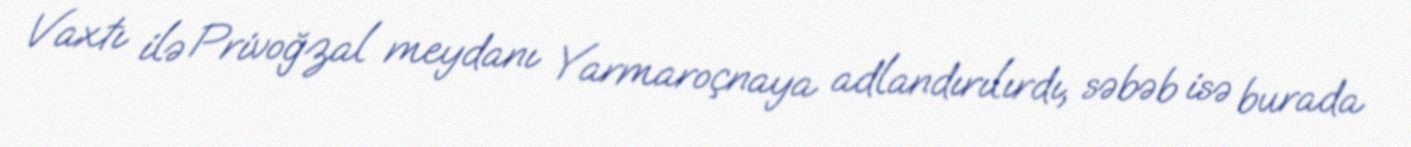
Vaxtı ilə Privoğzal meydanı Yarmaroçnaya adlandırılırdı, səbəb isə burada